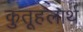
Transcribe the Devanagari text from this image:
कुतूहलार्थ